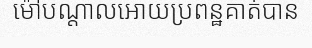
ម៉ៅបណ្តាលអោយប្រពន្ឋគាត់បាន